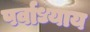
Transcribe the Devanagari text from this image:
पर्वाध्याय